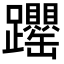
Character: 𬧝